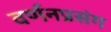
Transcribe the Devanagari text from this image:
वर्णनप्रसंग